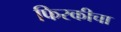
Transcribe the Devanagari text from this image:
फिरकीचा